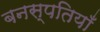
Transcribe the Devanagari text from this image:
बनस्पतियाँ